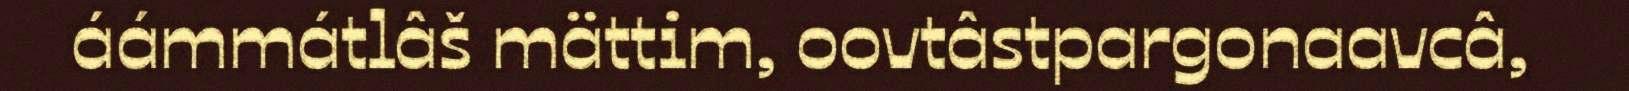
áámmátlâš mättim, oovtâstpargonaavcâ,